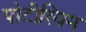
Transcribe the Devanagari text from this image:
पोटीरियम